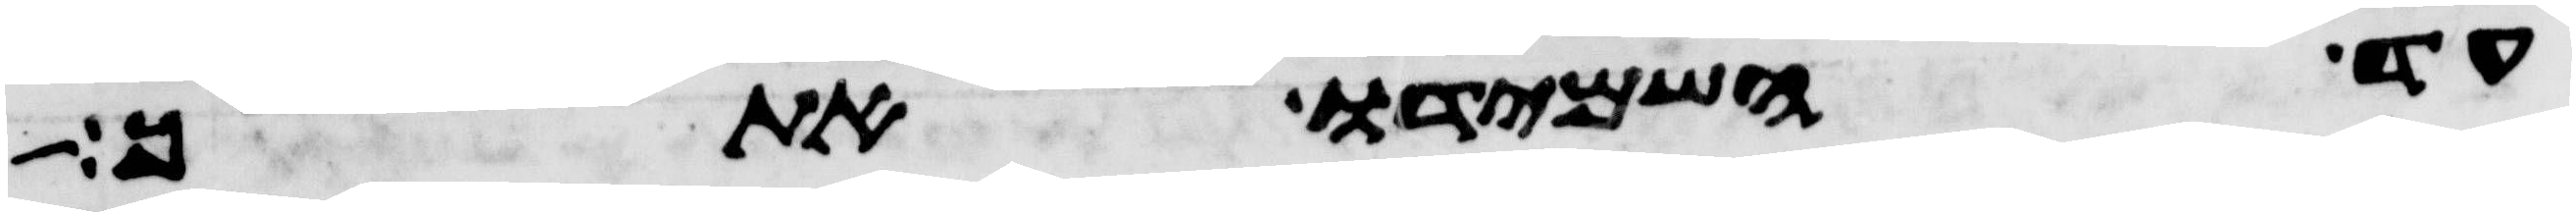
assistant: עד השמידו אתך